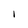
Character: I